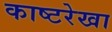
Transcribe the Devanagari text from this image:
काष्टरेखा